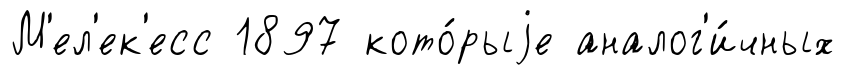
М'ел'ек'есс 1897 кото́рыjе аналог'и́чных